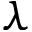
\lambda